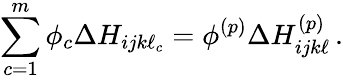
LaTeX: \sum_{c=1}^{m}\phi_{c}\Delta H_{ijk\ell_{c}}=\phi^{(p)}\Delta H_{ijk\ell}^{(p)}\, .